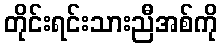
တိုင်းရင်းသားညီအစ်ကို